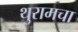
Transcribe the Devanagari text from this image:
थुरामचा